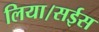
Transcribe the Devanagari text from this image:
लिया।सईस